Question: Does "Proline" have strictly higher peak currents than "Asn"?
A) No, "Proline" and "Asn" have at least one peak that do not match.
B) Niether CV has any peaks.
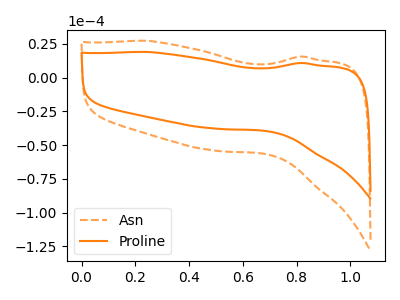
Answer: <think>The orange dashed curve "Asn" has no peaks. The orange curve "Proline" has no peaks.</think>
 <answer>B) Niether CV has any peaks.</answer>
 <eval>B</eval>